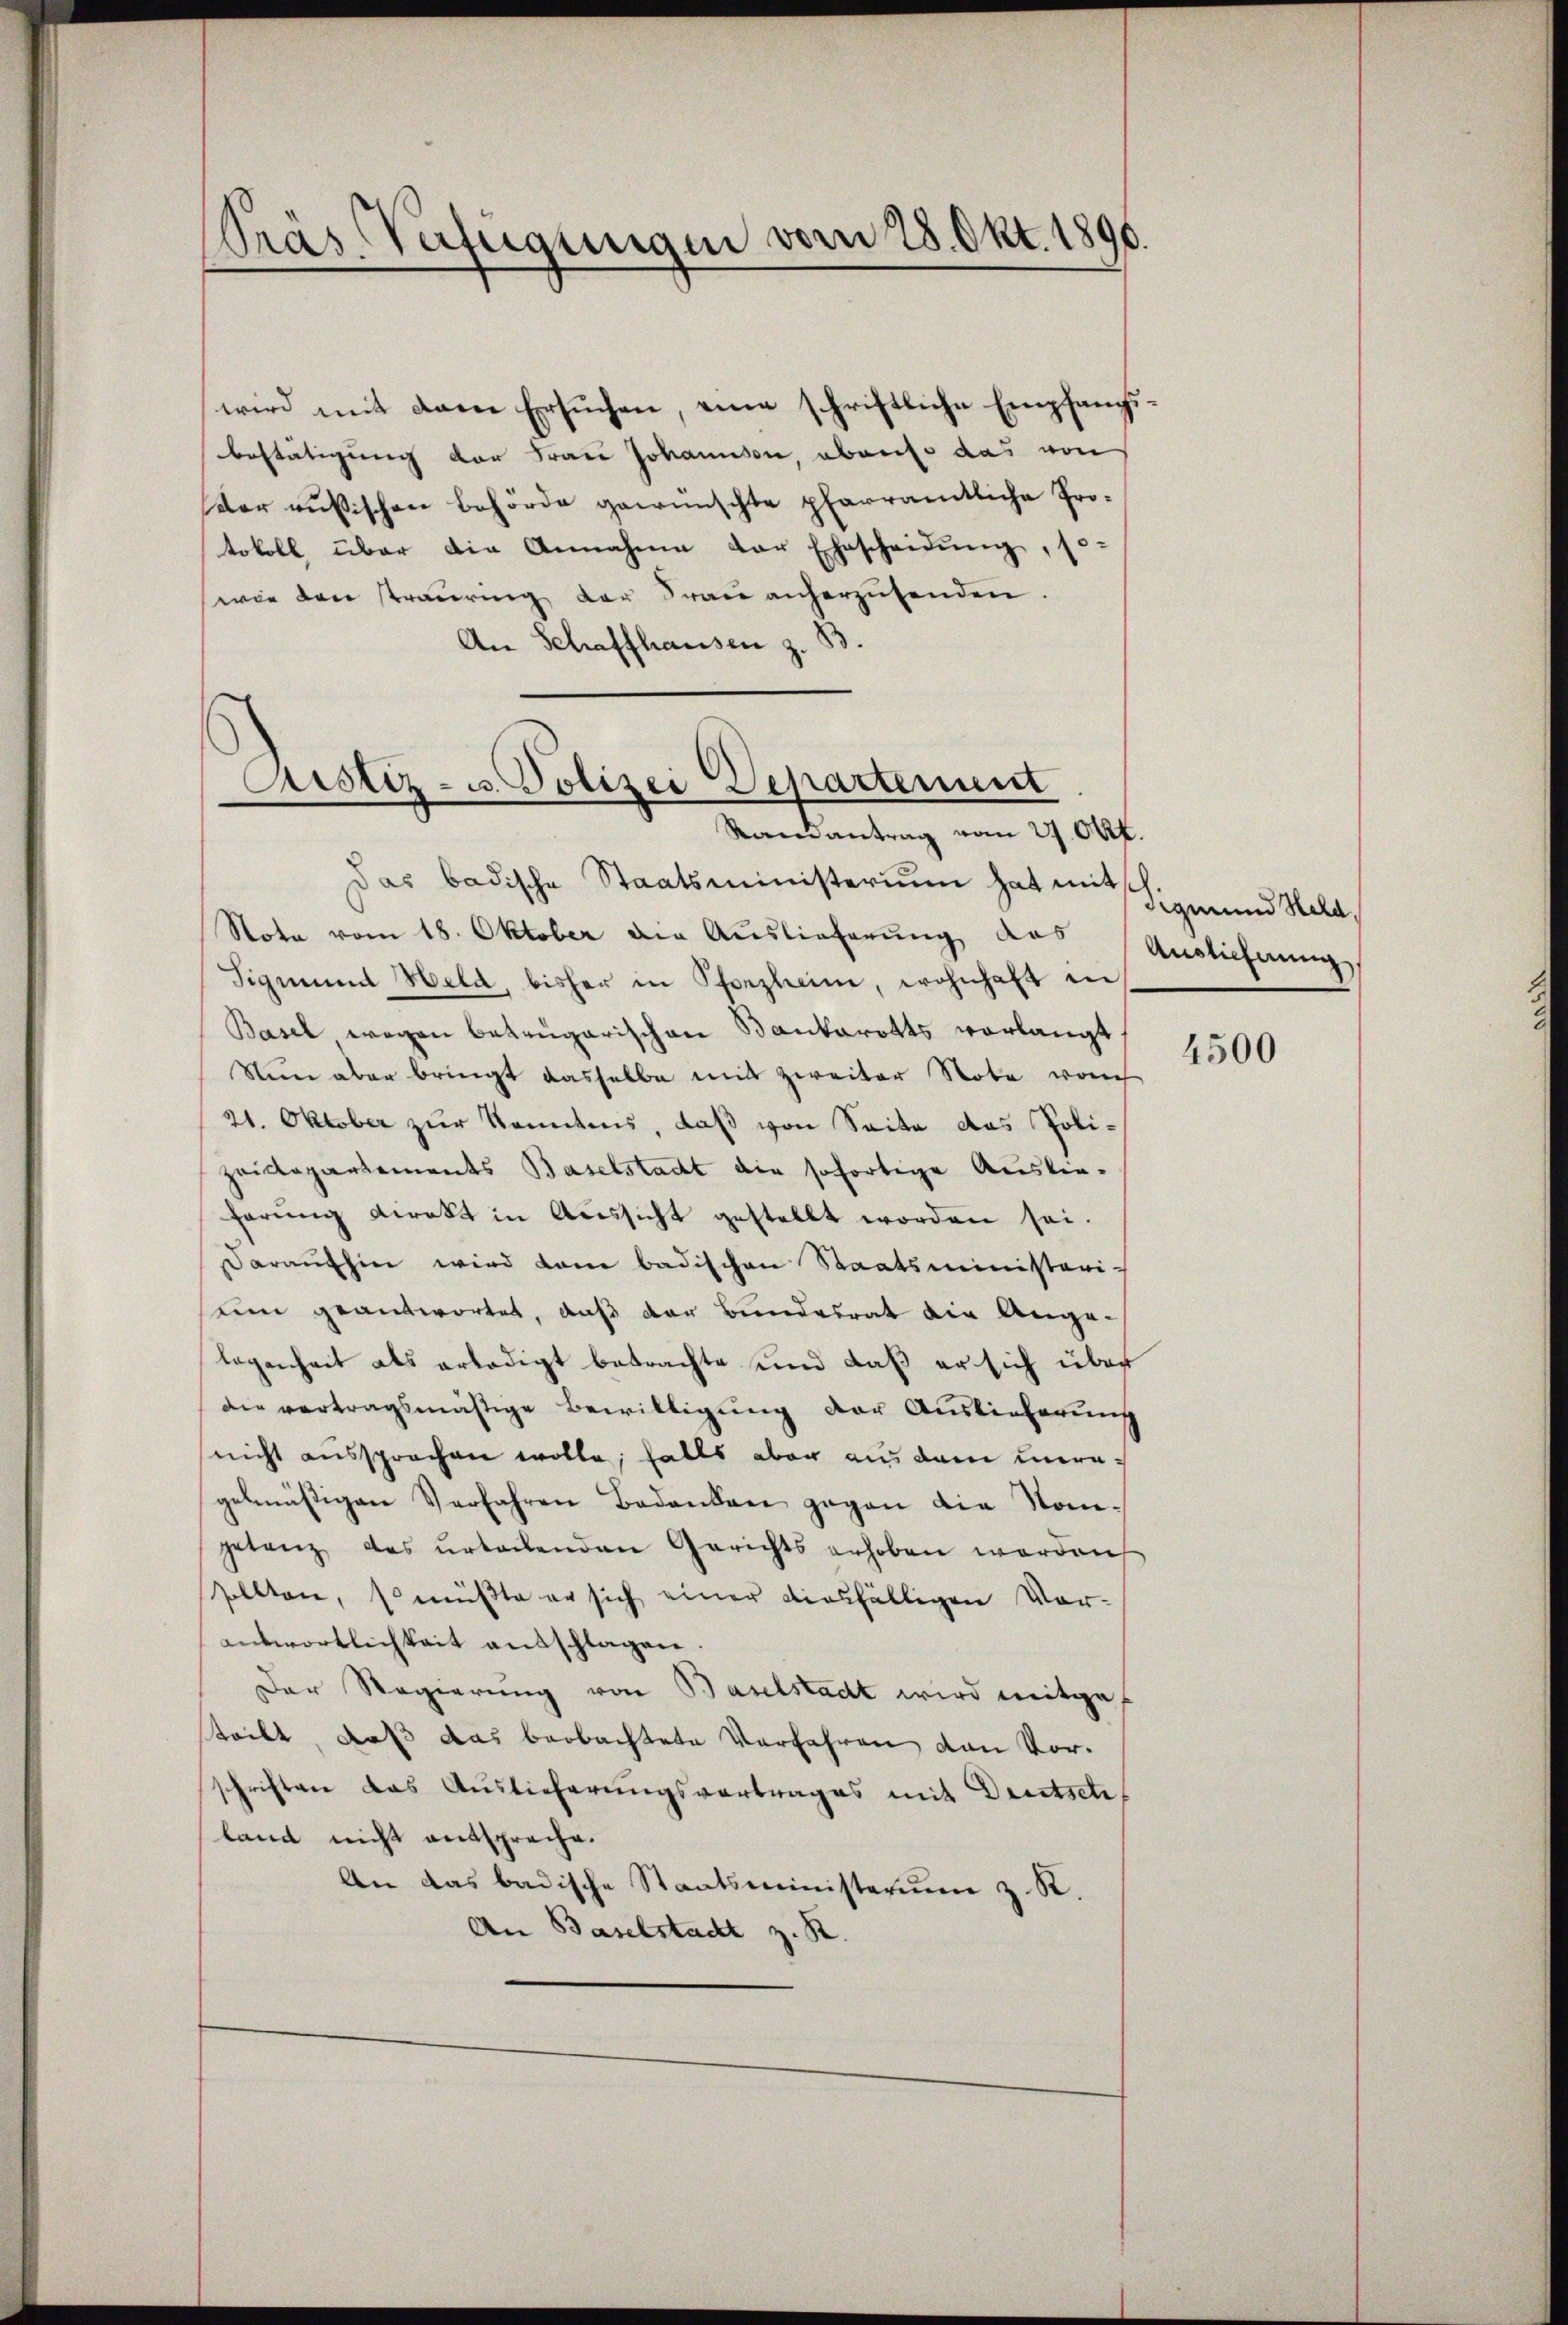
Präs. Verfügungen vom 28. Okt. 1890

wird mit dem Ersuchen, eine schriftliche Empfangsbestätigung der Frau Johannen, aber das von
Der russischen Behörde gewünschte pfarramtliche Protokoll über die Annahme der Ehescheidung, so-
wie den trauring der Frau anherzusenden.
An Schaffhausen z. B.

Astiz- u. Polizei Departement

Randantrag vom 27. Okt.
Das badische Staatsministerium hat mit Sigmund Wald,
Note vom 18. Oktober die Auslieferung das
Sigmund Held, bisher in Pforzheim, wohnhaft in
Basel wegen betrugarischen Stankarotts vorlangt
Nun aber bringt dasselbe mit zweiter Note von
21. Oktober zur Kenntnis, daß von Seite das Poli-
zeidepartements Baselstadt die sofortige Ausliefarŭng direkt in Aŭssicht gestellt worden sei.
daraufhin wird kam badischen Staatsministeri-
ein geantwortet, daß der Bundesrat die Ange-
legenheit als erledigt betrachte und daß er sich über
die vertragsmäßige Bewilligung der Auslieferung
(nicht aussprechen wolle, falls aber aus dem unragelmäßigen Verfahren Bedanken gegen die Songetanz das urtaenden Gerichts erhoben worden
sollten, so müßte er sich einer diesfälligen Vor-
antwortlichkeit ausschlagen.
Der Regierung von Baselstadt wird mitgeteibt, daß das beobachtete Verfahren von Vorschriften das Auslieferungsvertrages mit Drestsetz
land nicht entspreche.
An das badische Staatsministerium z. R.
An Baselstadt z. R.

Auslieferung

4500